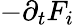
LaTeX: -\partial_{t}F_{i}